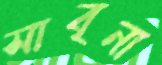
সাবৃনা